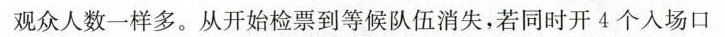
观众人数一样多。从开始检票到等候队伍消失，若同时开4个入场口